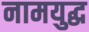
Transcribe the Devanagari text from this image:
नामयुद्ध